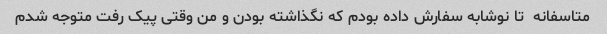
متاسفانه  تا نوشابه سفارش داده بودم که نگذاشته بودن و من وقتی پیک رفت متوجه شدم